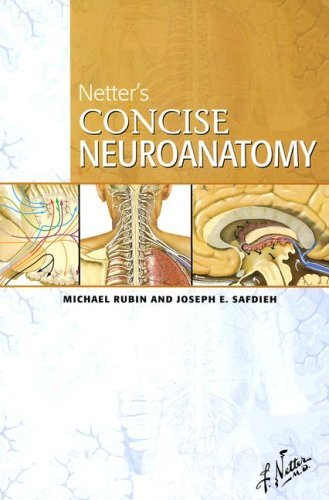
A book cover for By Michael Rubin - Netter's Concise Neuroanatomy; Joseph E. Safdieh, Frank H. Netter (Illustrator) Michael Rubin; Medical Books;